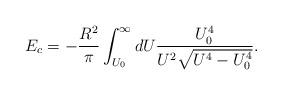
LaTeX: \begin{align*}E_c = -\frac{R^2}{\pi} \int_{U_0}^\infty dU\frac{U_0 ^4}{U^2\sqrt{U^4 - U_0 ^4}}.\end{align*}